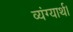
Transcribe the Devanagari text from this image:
व्यंग्यार्थ।